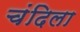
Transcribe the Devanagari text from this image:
चंदिला